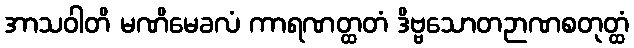
အာသဝါတိ မဏိမေခလံ ကာရဏတ္ထတံ ဒိဗ္ဗသောတဉာဏစတုတ္ထံ